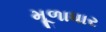
મૂળાધાર